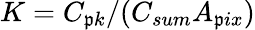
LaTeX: K=C_{\mathfrak{p}k}/(C_{sum}A_{\mathfrak{p}ix})